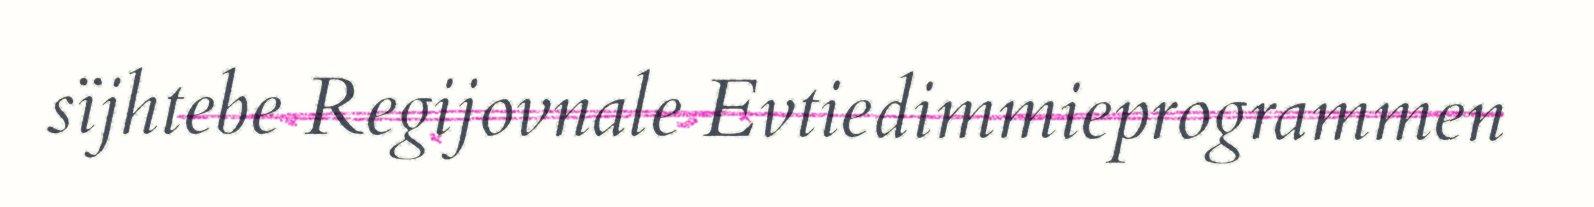
sïjhtebe Regijovnale Evtiedimmieprogrammen